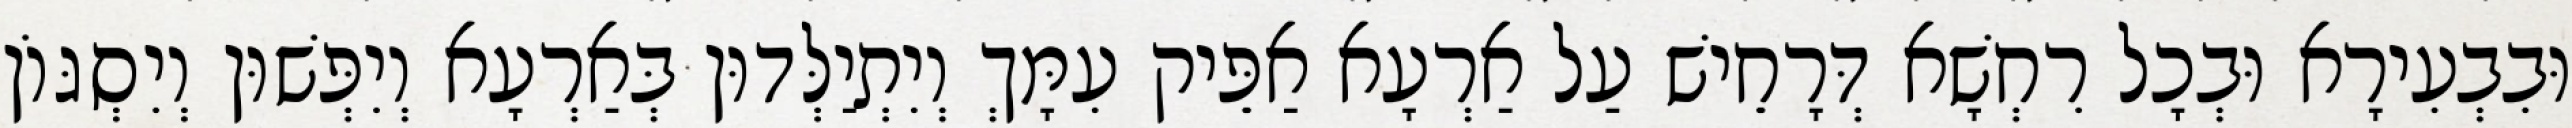
וּבִבְעִירָא וּבְכָל רִחְשָׁא דְּרָחֵישׁ עַל אַרְעָא אַפֵּיק עִמָּךְ וְיִתְיַלְּדוּן בְּאַרְעָא וְיִפְּשׁוּן וְיִסְגּוֹן